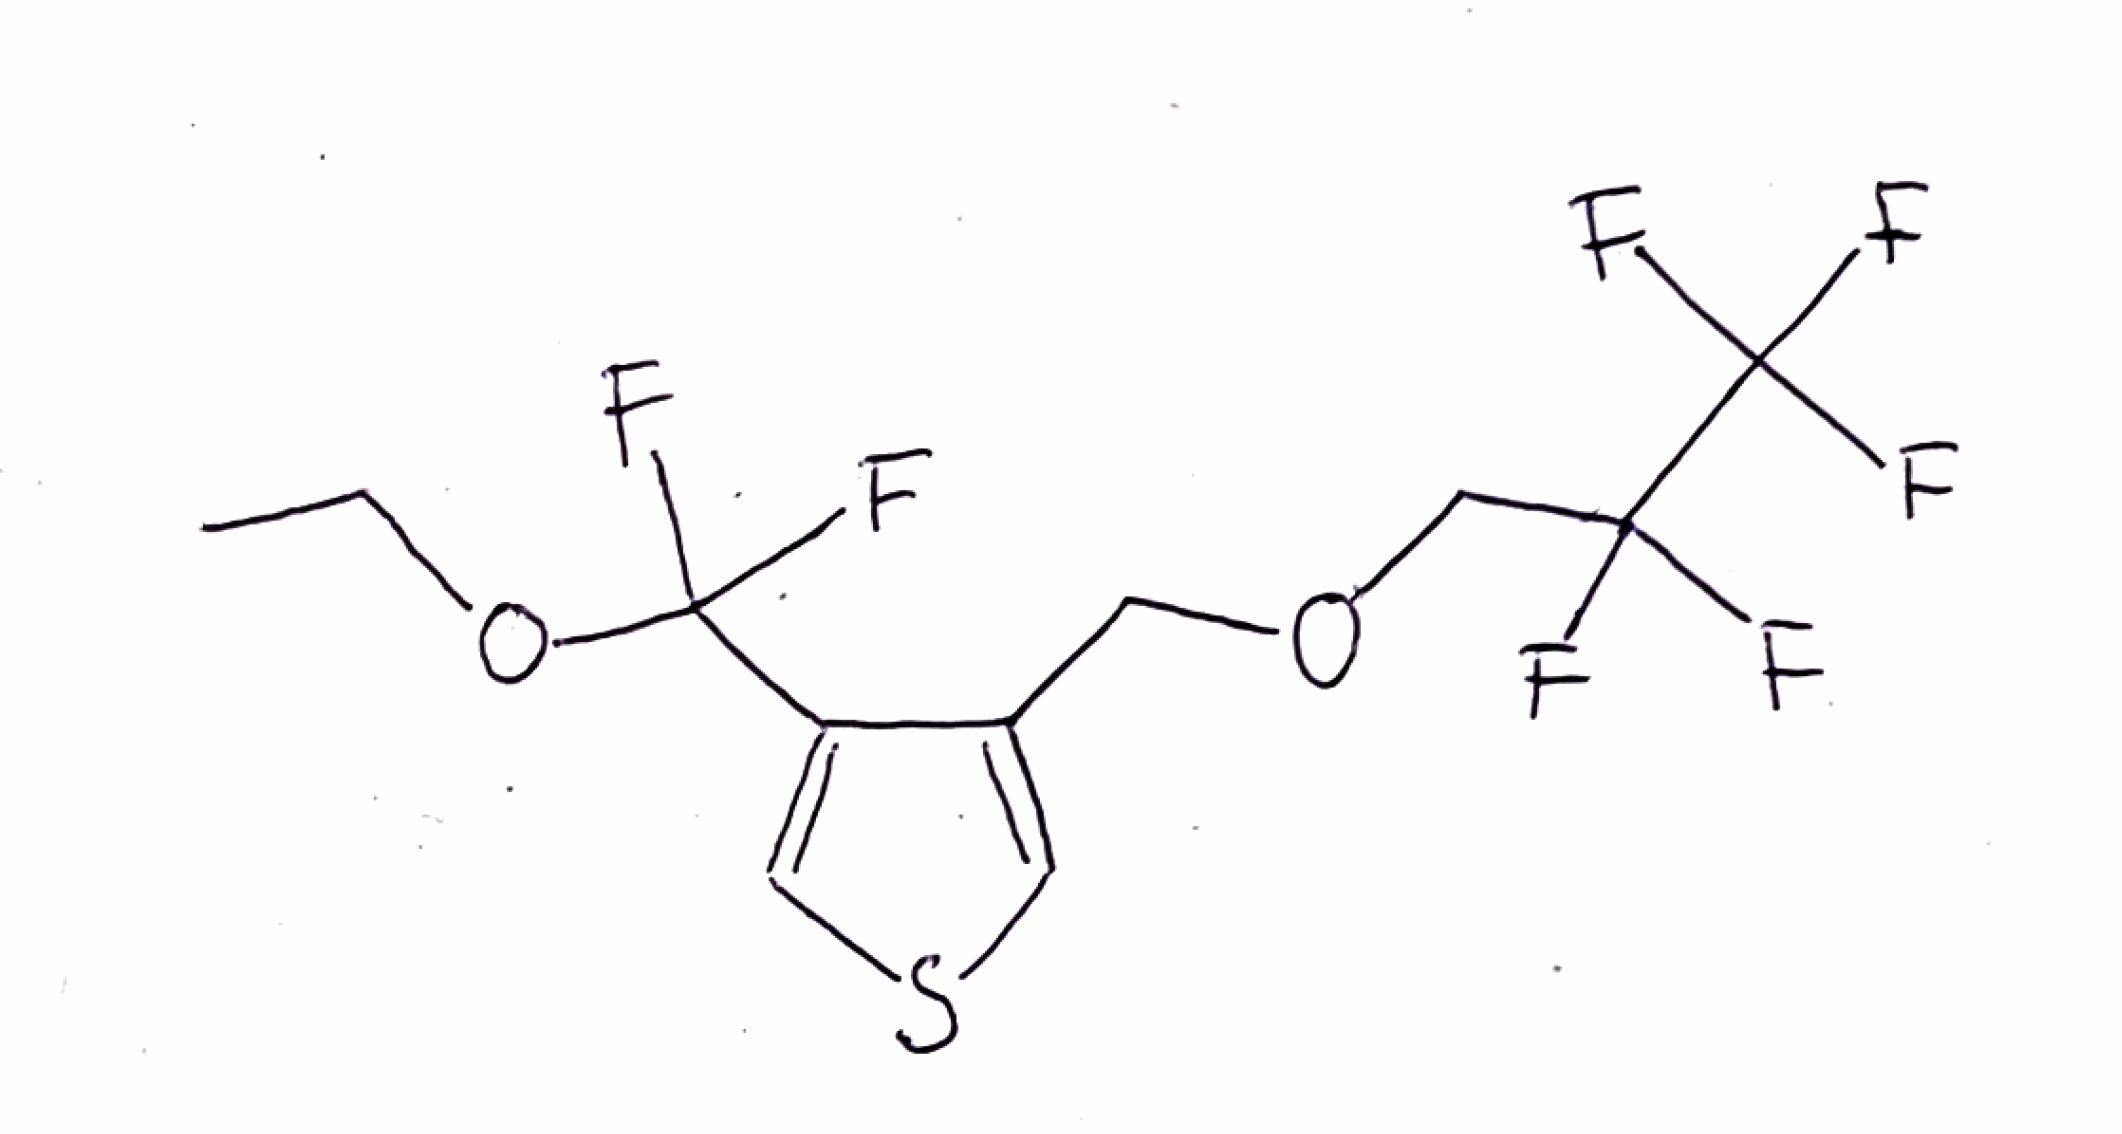
Simplified molecular-input line-entry system (SMILES) notation of the given molecule:
CCOC(C1=CSC=C1COCC(C(F)(F)F)(F)F)(F)F